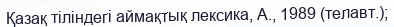
Қазақ тіліндегі аймақтық лексика, А., 1989 (телавт.);